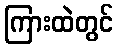
ကြားထဲတွင်